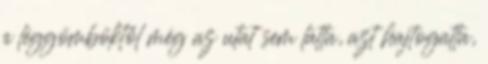
a léggömböktől még az utat sem látta, azt hajtogatta,